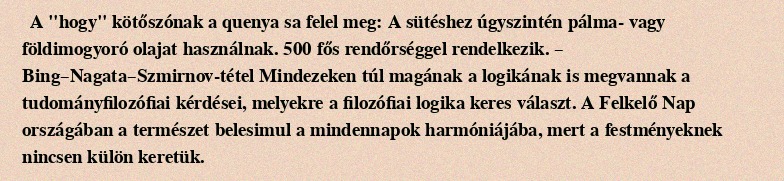
A "hogy" kötőszónak a quenya sa felel meg: A sütéshez úgyszintén pálma- vagy földimogyoró olajat használnak. 500 fős rendőrséggel rendelkezik. – Bing–Nagata–Szmirnov-tétel Mindezeken túl magának a logikának is megvannak a tudományfilozófiai kérdései, melyekre a filozófiai logika keres választ. A Felkelő Nap országában a természet belesimul a mindennapok harmóniájába, mert a festményeknek nincsen külön keretük.